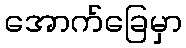
အောက်ခြေမှာ